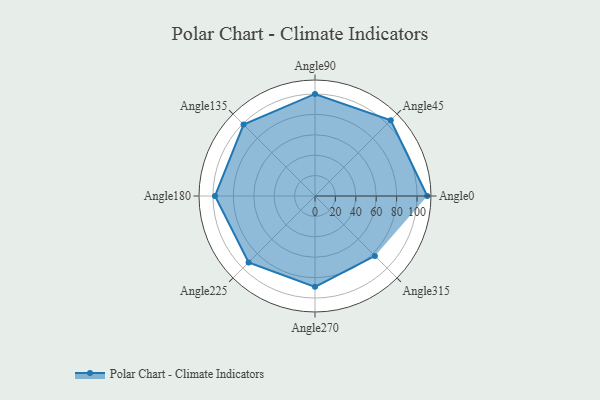
{"axis": {"x": "Angle", "y": "Radius"}, "legend": [""], "data": [{"x": "Angle0", "y": 110.0, "type": ""}, {"x": "Angle45", "y": 105.0, "type": ""}, {"x": "Angle90", "y": 100.0, "type": ""}, {"x": "Angle135", "y": 99.0, "type": ""}, {"x": "Angle180", "y": 98.0, "type": ""}, {"x": "Angle225", "y": 92.0, "type": ""}, {"x": "Angle270", "y": 89.0, "type": ""}, {"x": "Angle315", "y": 83.0, "type": ""}]}